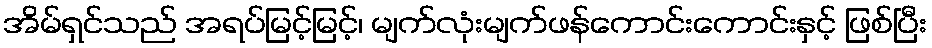
အိမ်ရှင်သည် အရပ်မြင့်မြင့်၊ မျက်လုံးမျက်ဖန်ကောင်းကောင်းနှင့် ဖြစ်ပြီး